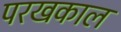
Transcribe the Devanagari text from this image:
परखकाल